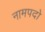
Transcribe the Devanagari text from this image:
नामपदो